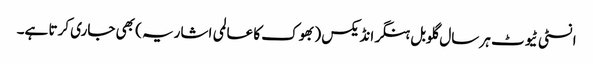
انسٹی ٹیوٹ ہر سال گلوبل ہنگر انڈیکس ( بھوک کا عالمی اشاریہ ) بھی جاری کرتا ہے۔